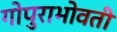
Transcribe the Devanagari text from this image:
गोपुराभोवती